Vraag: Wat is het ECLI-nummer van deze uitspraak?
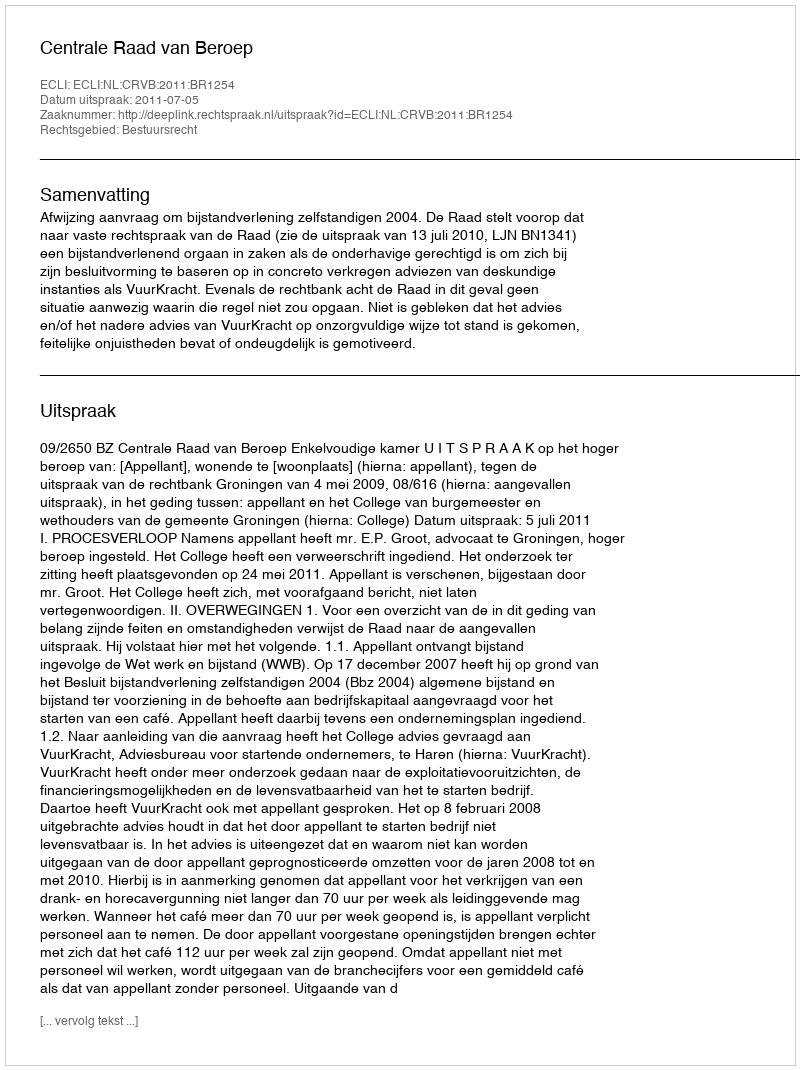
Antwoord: ECLI:NL:CRVB:2011:BR1254